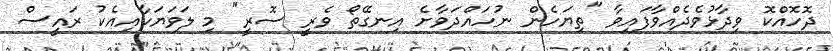
ދޮހޮއްކޮ ވިދާޅުވެދެއްވާފައިވާ "ތިޔަހެން ނުހައްދަވާށެ އިނގޭތޯ ވެރީ ސޮރީ" މި ލަަވަޔަކާއިއެކު ރައީސް